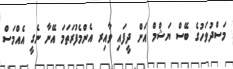
މަސްދުވަހުގެ ބޭސް ޔަޝްމް އަށް ދީފައި ވާއިރ އެންމެފުރަތަމަ އޭނާ ނެގީ އެއްމަސް